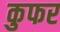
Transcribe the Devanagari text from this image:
कुफर